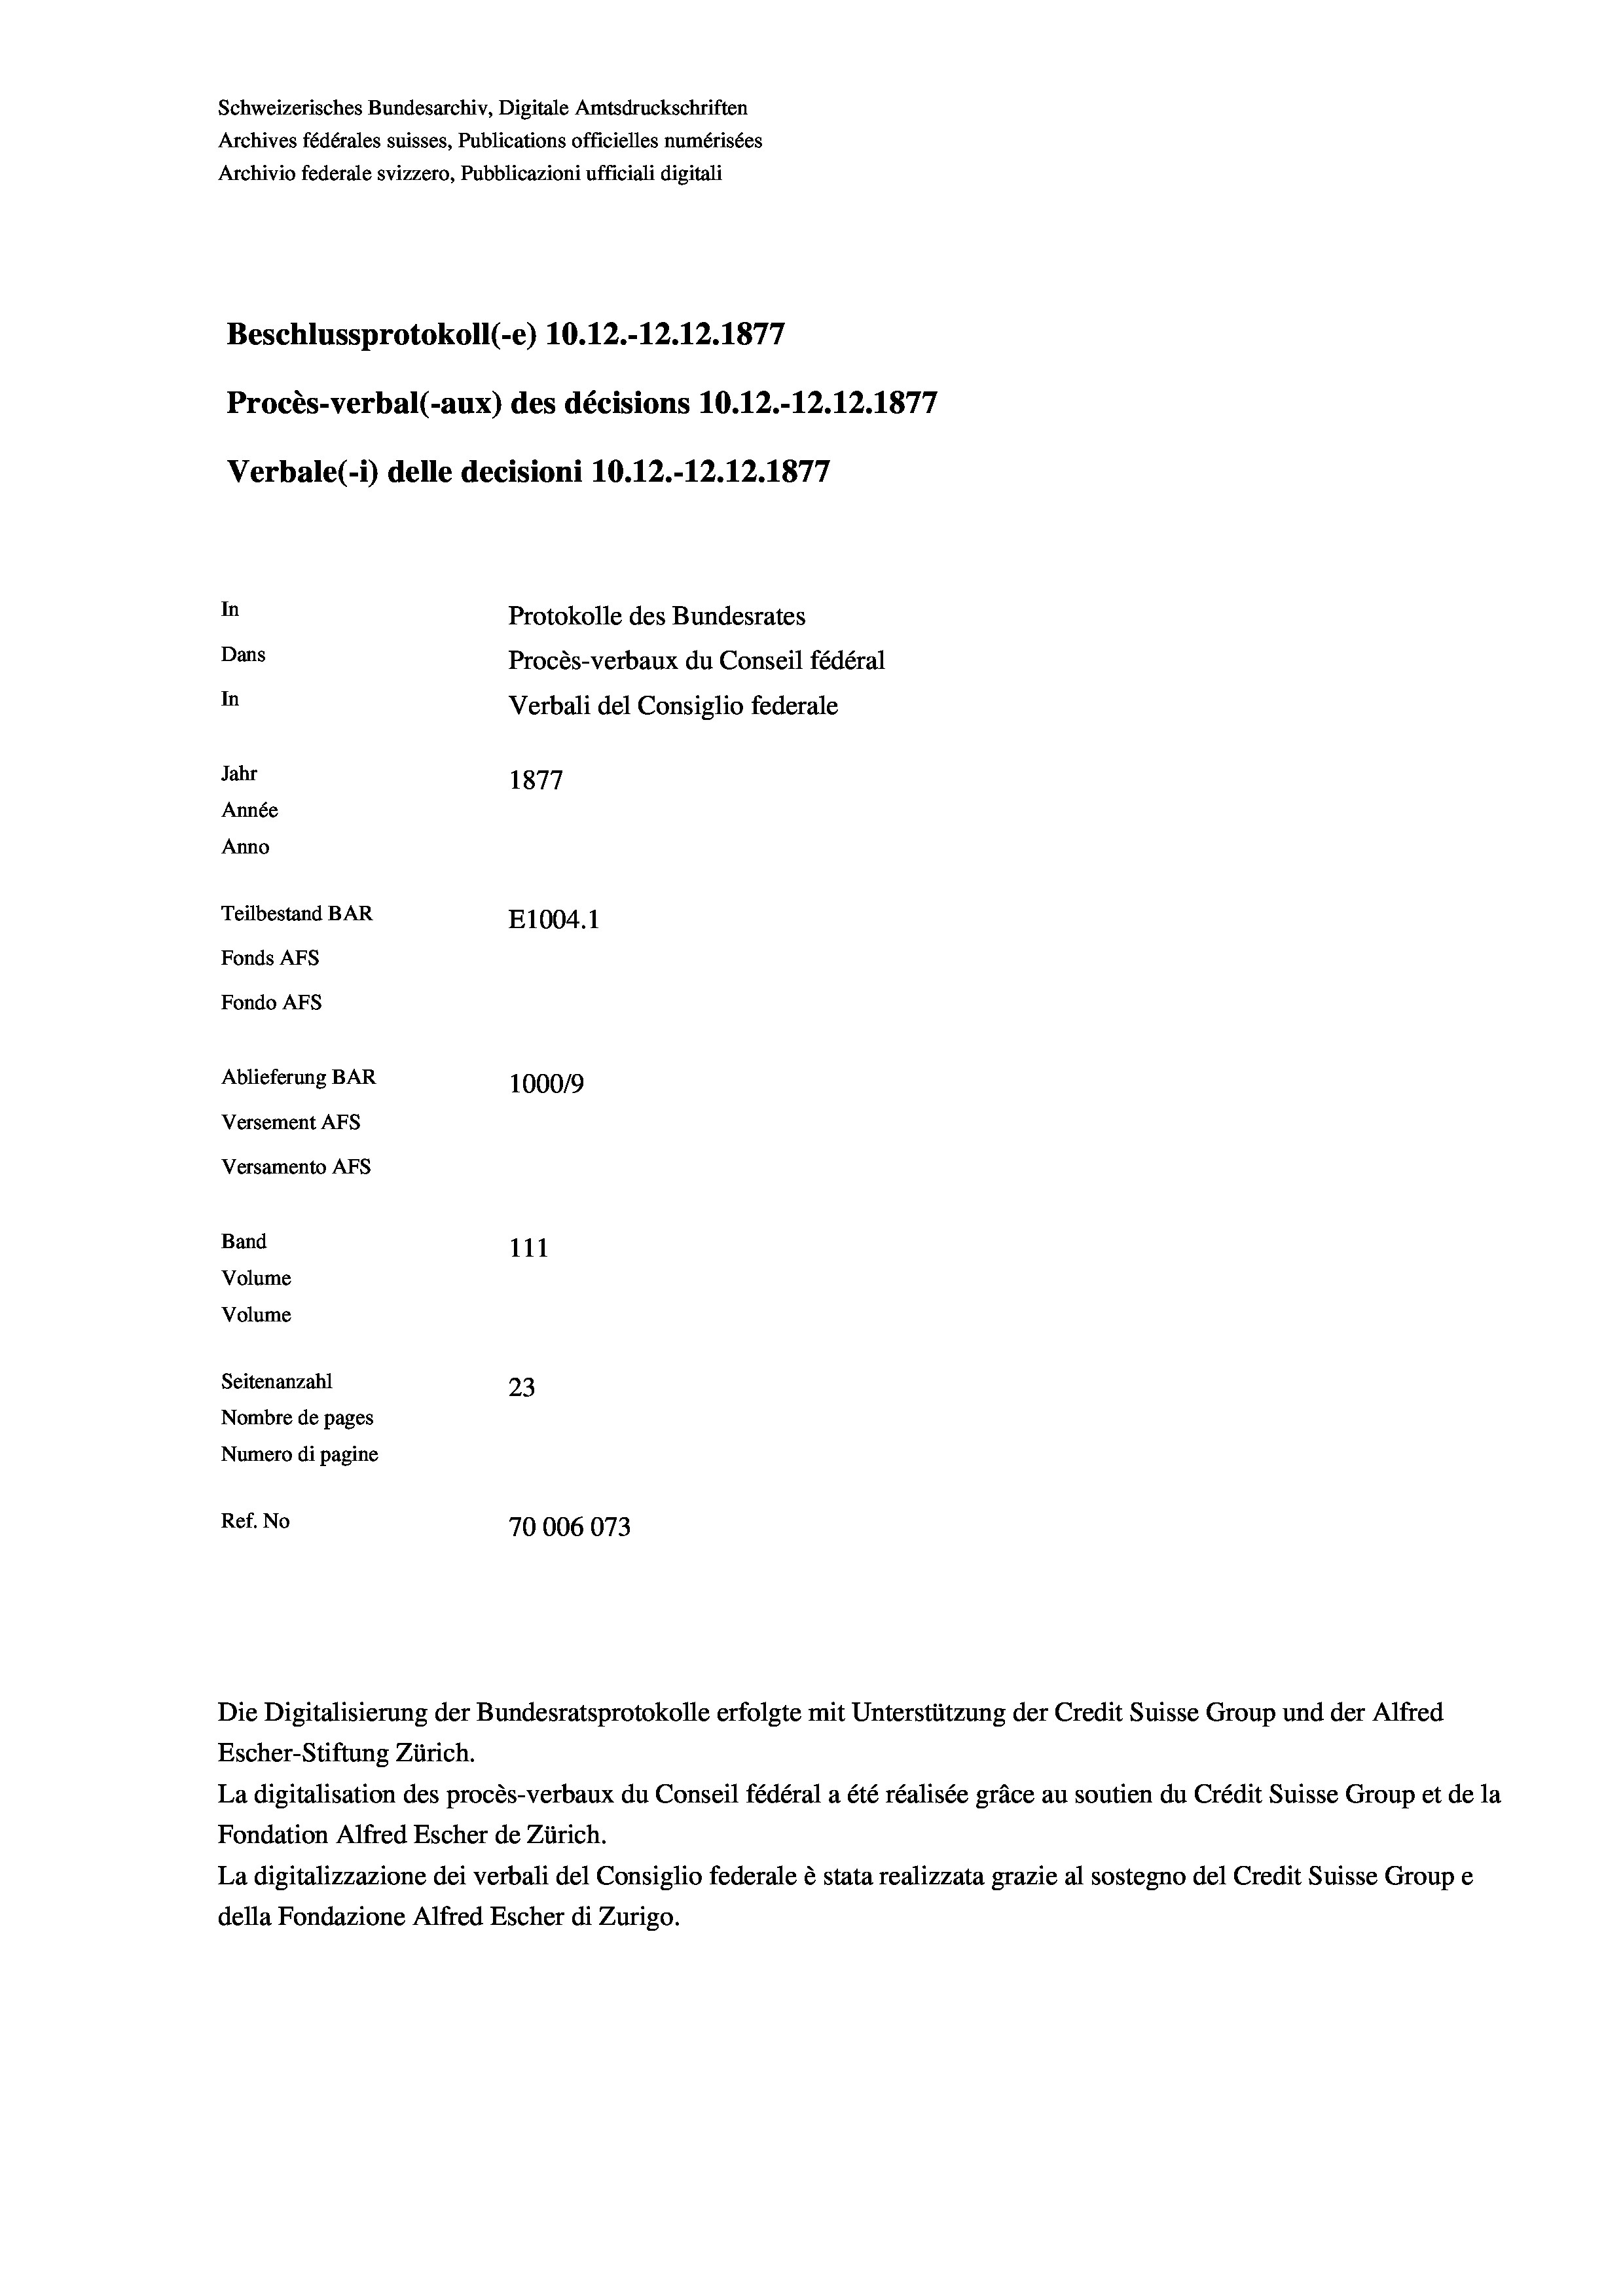
Schweizerisches Bundesarchiv, Digitale Amtsdruckschriften
Archives fédérales suisses, Publications officielles numérisées
Archivio federale svizzero, Pubblicazioni ufficiali digitali
Beschlussprotokoll (-e) 10.12.-12.12.1877
Procès-verbal (-aux) des décisions 10.12.-12.12.1877
Verbale (i) delle decisioni 10.12.-12.12.1877
In
Protokolle des Bundesrates
Dans
Procès-verbaux du Conseil fédéral
In
Verbali del Consiglio federale
Jahr
1877
Année
Anno
Teilbestand BAR
E1004. 1
Fonds AFs
Fondo Afs
Ablieferung BAR
100019
Versement AFs
Versamento Afs
Band
111
Volume
Volume
Seitenanzahl
23
Nombre de pages
Numero di pagine
Ref. No
70006073

Escher-Stiftung Zürich.
La digitalisation des procès-verbaux du Conseil fédéral a été réalisée gräce au soutien du Crédit Suisse Group et de la
Fondation Alfred Escher de Zürich.
La digitalizzazione dei verbali del Consiglio federale è stata realizzata grazie al sostegno del Credit Suisse Groupe
della Fondazione Alfred Escher di Zurigo.

Die Digitalisierung der Bundesratsprotokolle erfolgte mit Unterstützung der Credit Suisse Group und der Alfred